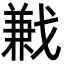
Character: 𢧥